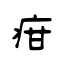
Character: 疳